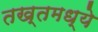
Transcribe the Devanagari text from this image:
तख्तमध्ये